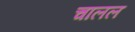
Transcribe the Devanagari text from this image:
चालल